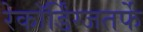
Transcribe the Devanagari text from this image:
रेकॉर्डिंग्जतर्फे